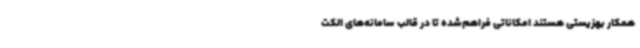
همکار بهزیستی هستند امکاناتی فراهم‌شده تا در قالب سامانه‌های الکت